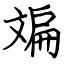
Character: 斒